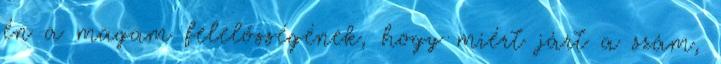
én a magam felelősségének, hogy miért járt a szám,